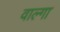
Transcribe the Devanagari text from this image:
वाल्गा